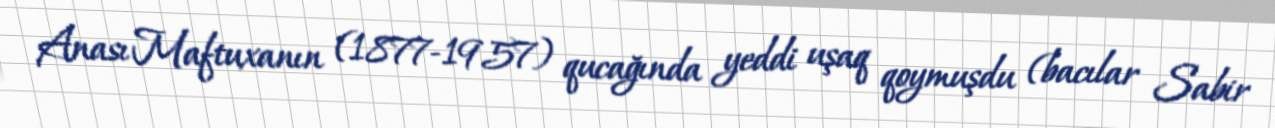
Anası Maftuxanın (1877-1957) qucağında yeddi uşaq qoymuşdu (bacılar Sabir